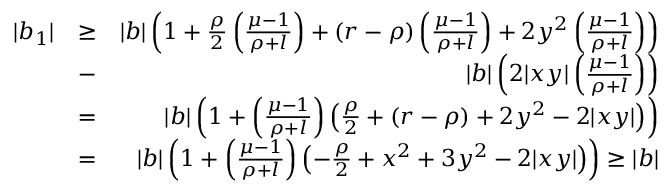
\begin{array} { r l r } { | b _ { 1 } | } & { \geq } & { | b | \left( 1 + \frac { \rho } { 2 } \left( \frac { \mu - 1 } { \rho + l } \right) + ( r - \rho ) \left( \frac { \mu - 1 } { \rho + l } \right) + 2 y ^ { 2 } \left( \frac { \mu - 1 } { \rho + l } \right) \right) } \\ & { - } & { | b | \left( 2 | x y | \left( \frac { \mu - 1 } { \rho + l } \right) \right) } \\ & { = } & { | b | \left( 1 + \left( \frac { \mu - 1 } { \rho + l } \right) \left( \frac { \rho } { 2 } + ( r - \rho ) + 2 y ^ { 2 } - 2 | x y | \right) \right) } \\ & { = } & { | b | \left( 1 + \left( \frac { \mu - 1 } { \rho + l } \right) \left( - \frac { \rho } { 2 } + x ^ { 2 } + 3 y ^ { 2 } - 2 | x y | \right) \right) \geq | b | } \end{array}